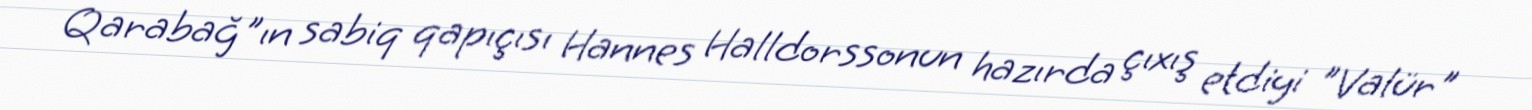
Qarabağ"ın sabiq qapıçısı Hannes Halldorssonun hazırda çıxış etdiyi "Valür"